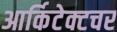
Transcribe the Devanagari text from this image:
आर्किटेक्टचर